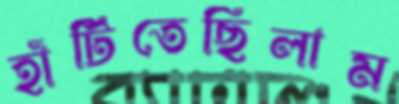
হাঁটিতেছিলাম